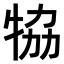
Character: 𤙒